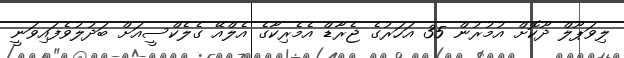
ލިވަޕޫލް ދޫކޮށް އުމުރުން 35 އަހަރުގެ ޖެރާޑް އެމެރިކާގެ އެލްއޭ ގެލެކްސީއަށް ބަދުލުވެފައިވަނީ